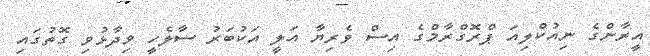
އީރާންގެ ނިއުކްލިއަ ޕްރޮގްރާމްގެ އިސް ވެރިޔާ އަލީ އަކުބަރު ސާލެހީ ވިދާޅުވި ގޮތުގައި